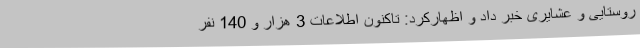
روستایی و عشایری خبر داد و اظهارکرد: تاکنون اطلاعات 3 هزار و 140 نفر